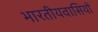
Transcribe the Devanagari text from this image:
भारतीयवासियों